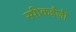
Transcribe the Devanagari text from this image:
स्पीकईज़ी